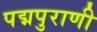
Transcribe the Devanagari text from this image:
पद्मपुराणी